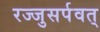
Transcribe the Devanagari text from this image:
रज्जुसर्पवत्‌